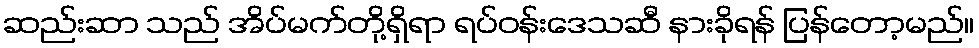
ဆည်းဆာ သည် အိပ်မက်တို့ရှိရာ ရပ်ဝန်းဒေသဆီ နားခိုရန် ပြန်တော့မည်။